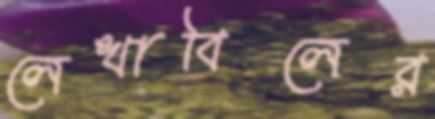
লেখাবিলের